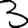
Digit: 3